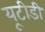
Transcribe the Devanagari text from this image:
यूटीडी